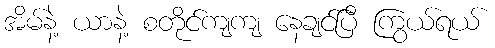
အိမ်နဲ့ ယာနဲ့ စတိုင်ကျကျ နေချင်ပြီ ကြွယ်ရယ်